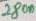
Text: 280n